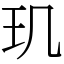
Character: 玑